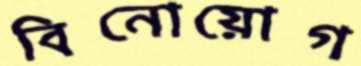
বিনোয়োগ